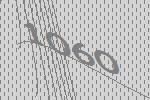
1060